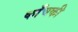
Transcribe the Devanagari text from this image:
काँचकी